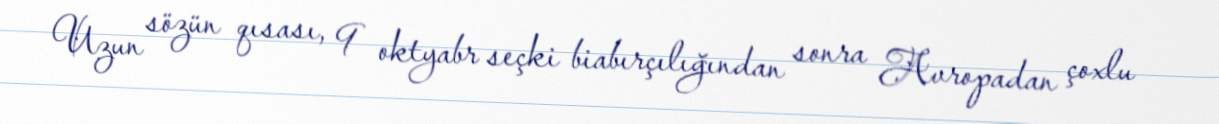
Uzun sözün qısası, 9 oktyabr seçki biabırçılığından sonra Avropadan çoxlu